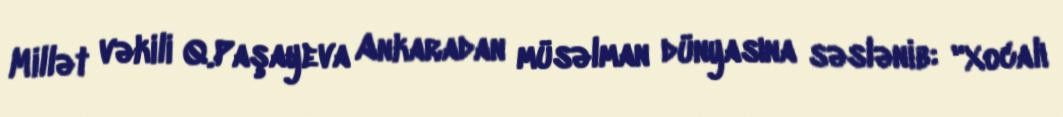
Millət vəkili Q.Paşayeva Ankaradan müsəlman dünyasına səslənib: "Xocalı